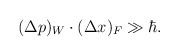
\begin{align*}(\Delta p)_W \cdot (\Delta x)_F \gg \hbar.\end{align*}